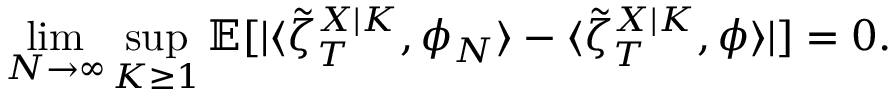
\operatorname* { l i m } _ { N \to \infty } \operatorname* { s u p } _ { K \geq 1 } \mathbb { E } [ | \langle \tilde { \zeta } _ { T } ^ { X | K } , \phi _ { N } \rangle - \langle \tilde { \zeta } _ { T } ^ { X | K } , \phi \rangle | ] = 0 .